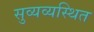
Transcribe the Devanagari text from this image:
सुव्यव्यस्थित